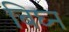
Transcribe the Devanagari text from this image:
बिघ्न